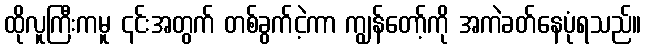
ထိုလူကြီးကမူ ၎င်းအတွက် တစ်ခွက်ငဲ့ကာ ကျွန်တော့်ကို အကဲခတ်နေပုံရသည်။